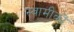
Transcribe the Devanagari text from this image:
स्वामीकॊ